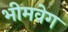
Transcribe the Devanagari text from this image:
भीमवेग